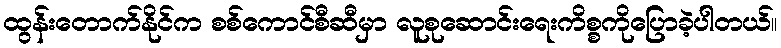
ထွန်းတောက်နိုင်က စစ်ကောင်စီဆီမှာ လူစုဆောင်းရေးကိစ္စကိုပြောခဲ့ပါတယ်။